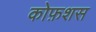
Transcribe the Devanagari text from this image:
कोफ़शस